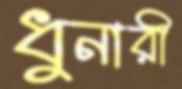
ধুনারী